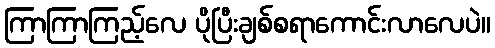
ကြာကြာကြည့်လေ ပိုပြီးချစ်စရာကောင်းလာလေပဲ။